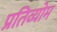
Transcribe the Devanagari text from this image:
प्रतिव्योम